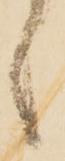
候